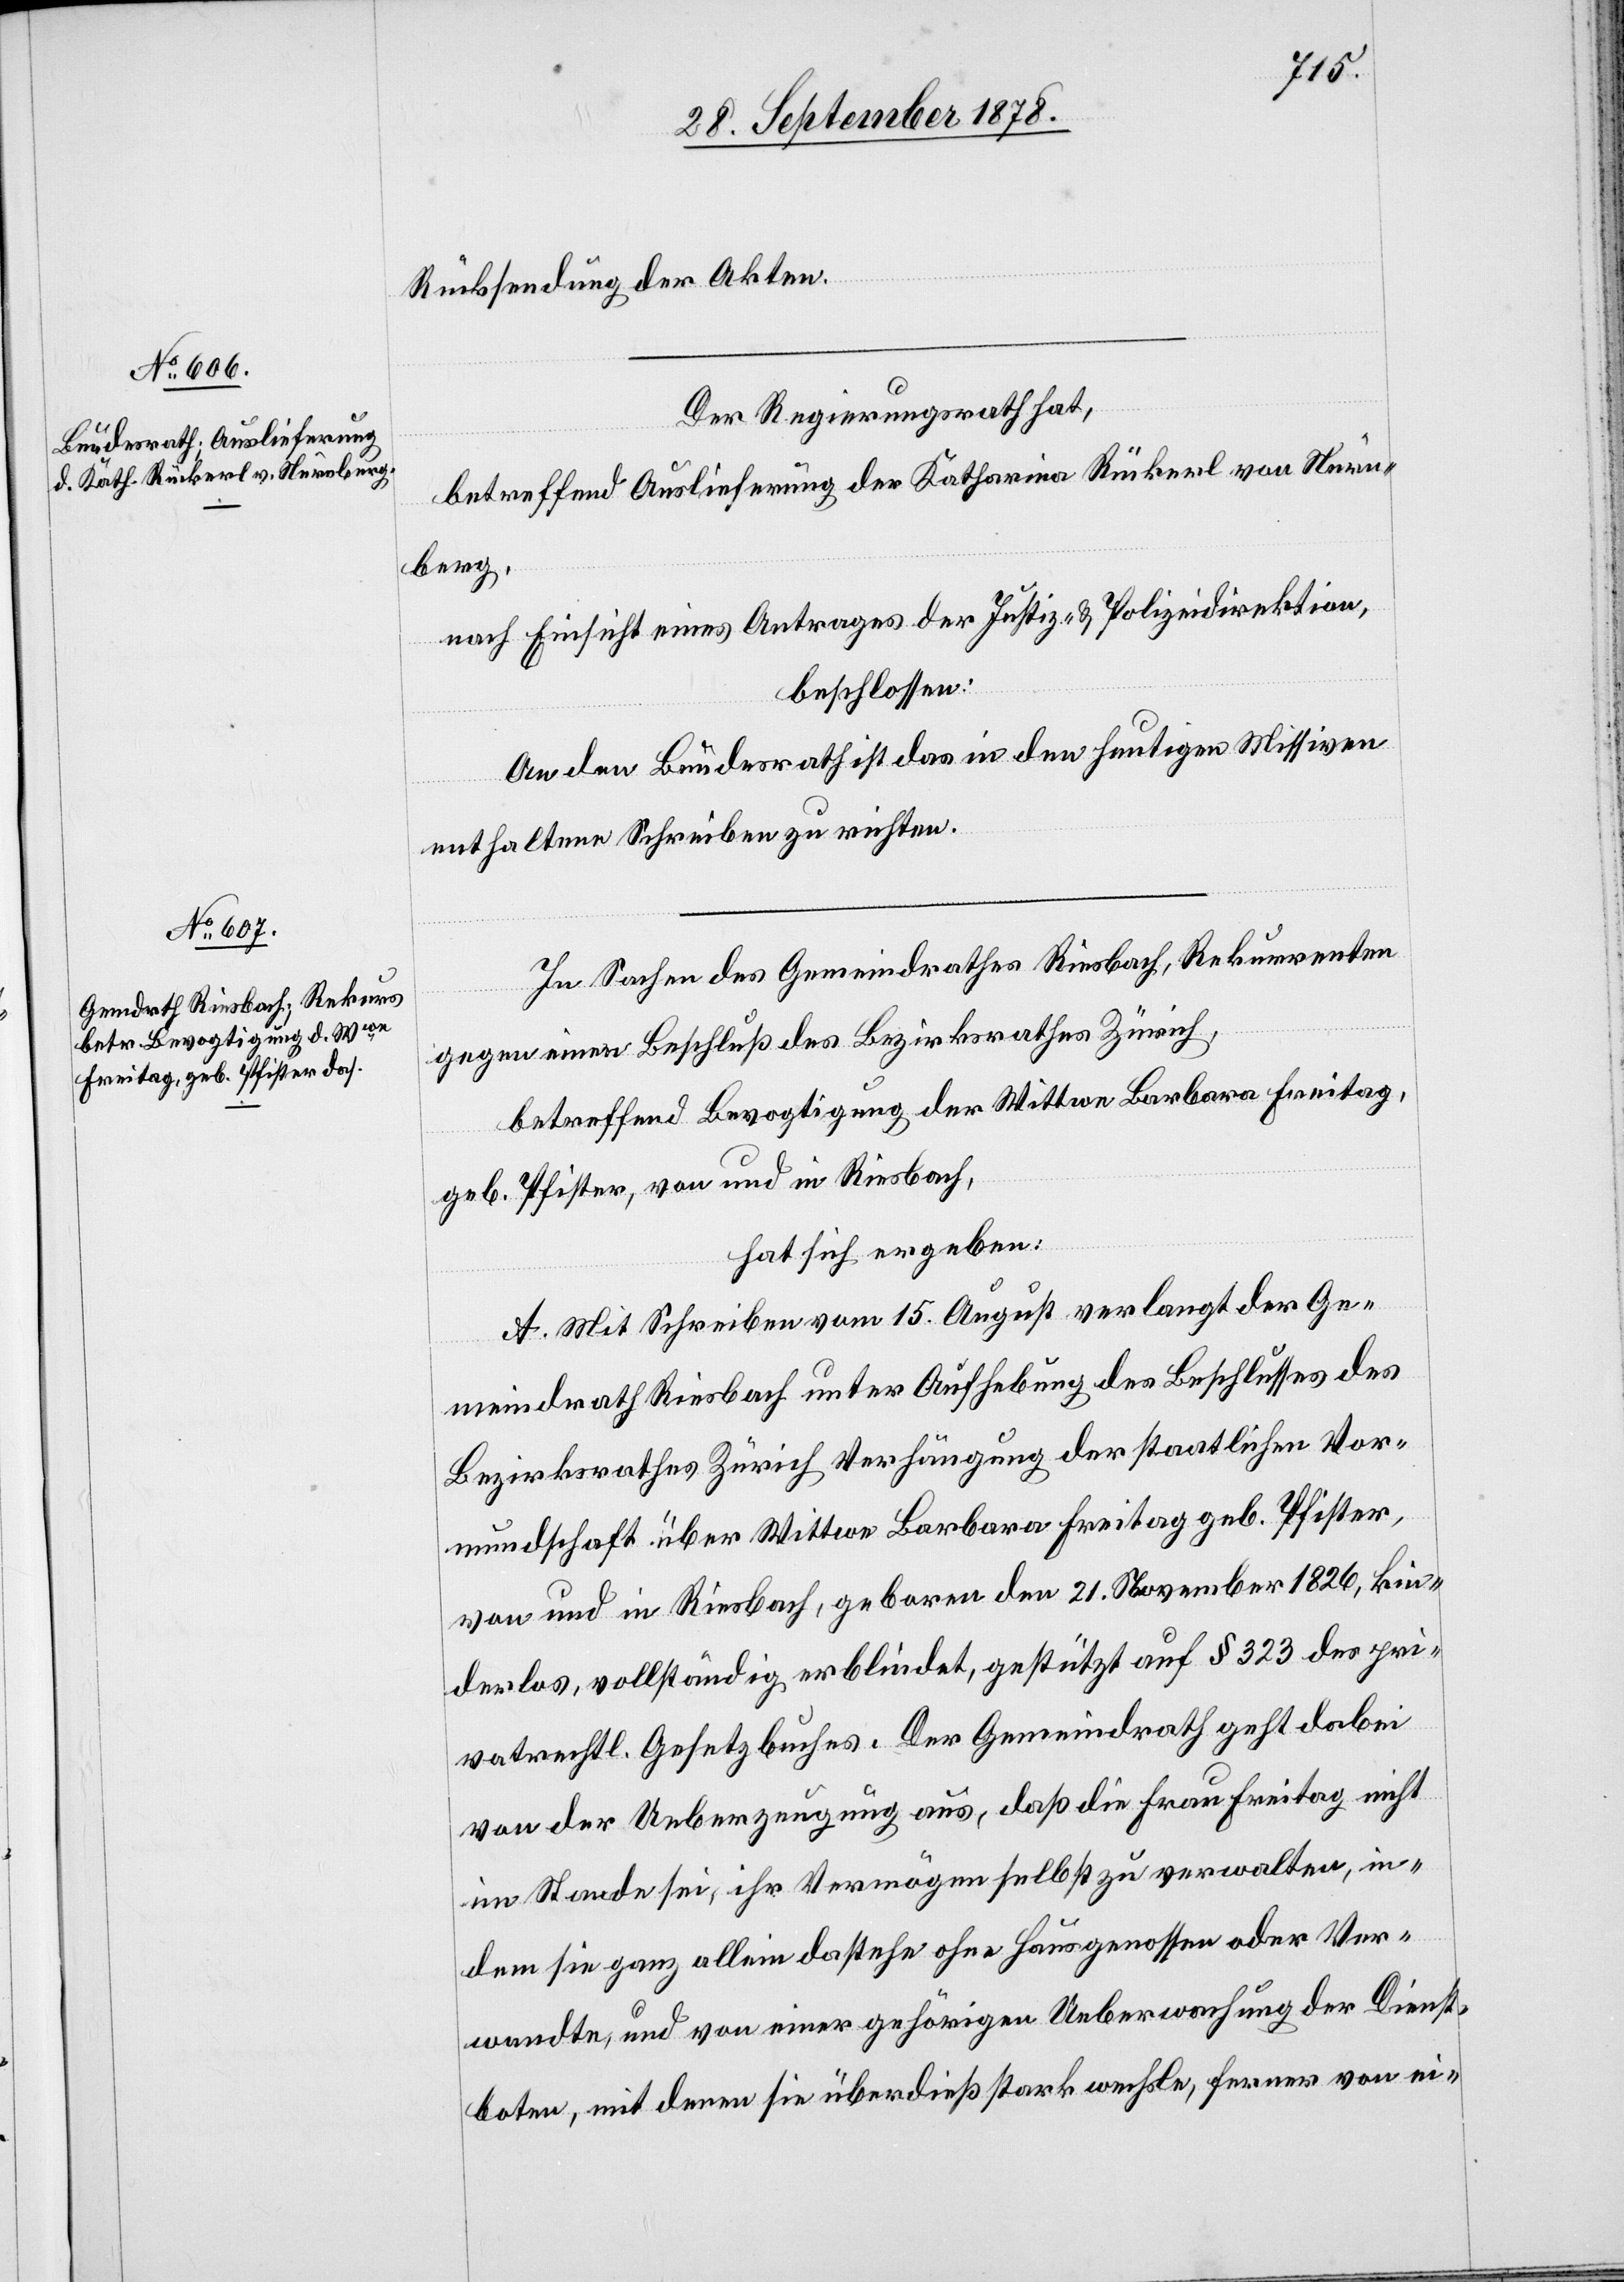
Rücksendung der Akten.
Der Regierungsrath hat,
betreffend Auslieferung der Katharina Rückerl von Nürn¬
berg,
nach Einsicht eines Antrages der Justiz- & Polizeidirektion,
beschlossen:
An den Bundesrath ist das in den heutigen Missiven
enthaltene Schreiben zu richten.
In Sachen des Gemeindrathes Riesbach, Rekurrenten
gegen einen Beschluß des Bezirksrathes Zürich,
betreffend Bevogtigung der Wittwe Barbara Freitag,
geb. Pfister, von und in Riesbach,
hat sich ergeben:
A. Mit Schreiben vom 15. August verlangt der Ge¬
meindrath Rickenbach unter Aufhebung des Beschlusses des
Bezirksrathes Zürich Verhängung der staatlichen Vor¬
mundschaft über Wittwe Barbara Freitag geb. Pfister,
von und in Riesbach, geboren den 21. November 1826, kin¬
derlos, vollständig erblindet, gestützt auf § 323 des pri¬
vatrechtl. Gesetzbuches. Der Gemeindrath geht dabei
von der Ueberzeugung aus, daß die Frau Freitag nicht
im Stande sei, ihr Vermögen selbst zu verwalten, in¬
dem sie ganz allein dastehe ohne Hausgenossen oder Ver¬
wandte, und von einer gehörigen Ueberwachung der Dienst¬
boten, mit denen sie überdieß stark wechsle, ferner von ei-